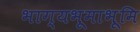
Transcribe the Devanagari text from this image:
भाग्यभूमाभूमि